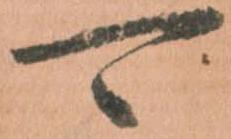
可